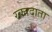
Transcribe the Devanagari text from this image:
रक्‍तदाता